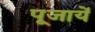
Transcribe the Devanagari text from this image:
पूजायें